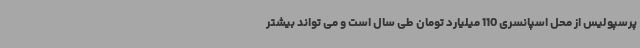
پرسپولیس از محل اسپانسری 110 میلیارد تومان طی سال است و می تواند بیشتر